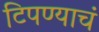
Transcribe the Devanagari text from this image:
टिपण्याचं